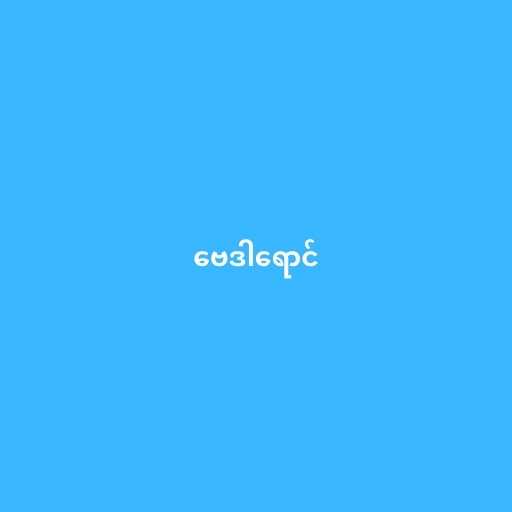
ဗေဒါရောင်